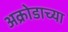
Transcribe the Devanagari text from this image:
अक्रोडाच्या